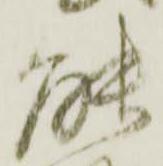
能